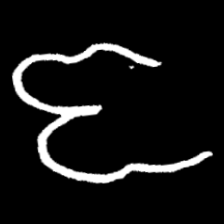
Pyu character \u2014 Myanmar letter: ဇ (romanized: ja)